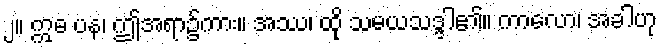
၂။ ဣဓ ပန၊ ဤအရာ၌ကား။ အဿ၊ ထို သမယသဒ္ဒါ၏။ ကာလော၊ အခါဟု